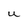
Character: U